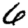
Digit: 6